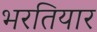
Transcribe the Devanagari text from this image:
भरतियार